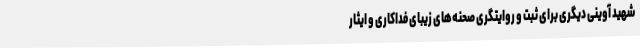
شهید آوینی دیگری برای ثبت و روایتگری صحنه‌های زیبای فداکاری و ایثار